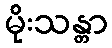
မိုးသန္တာ